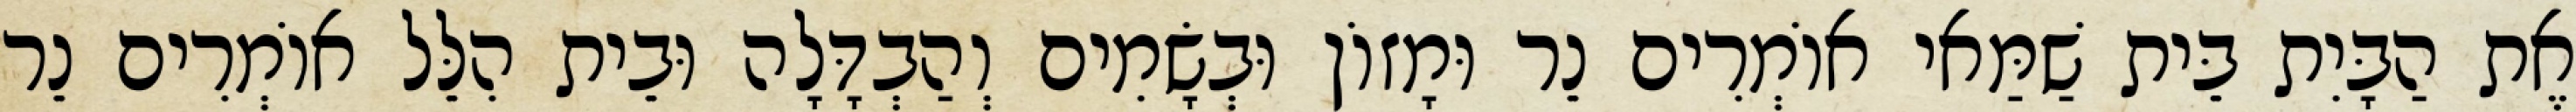
אֶת הַבָּיִת בֵּית שַׁמַּאי אוֹמְרִים נֵר וּמָזוֹן וּבְשָׂמִים וְהַבְדָּלָה וּבֵית הִלֵּל אוֹמְרִים נֵר